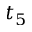
t _ { 5 }